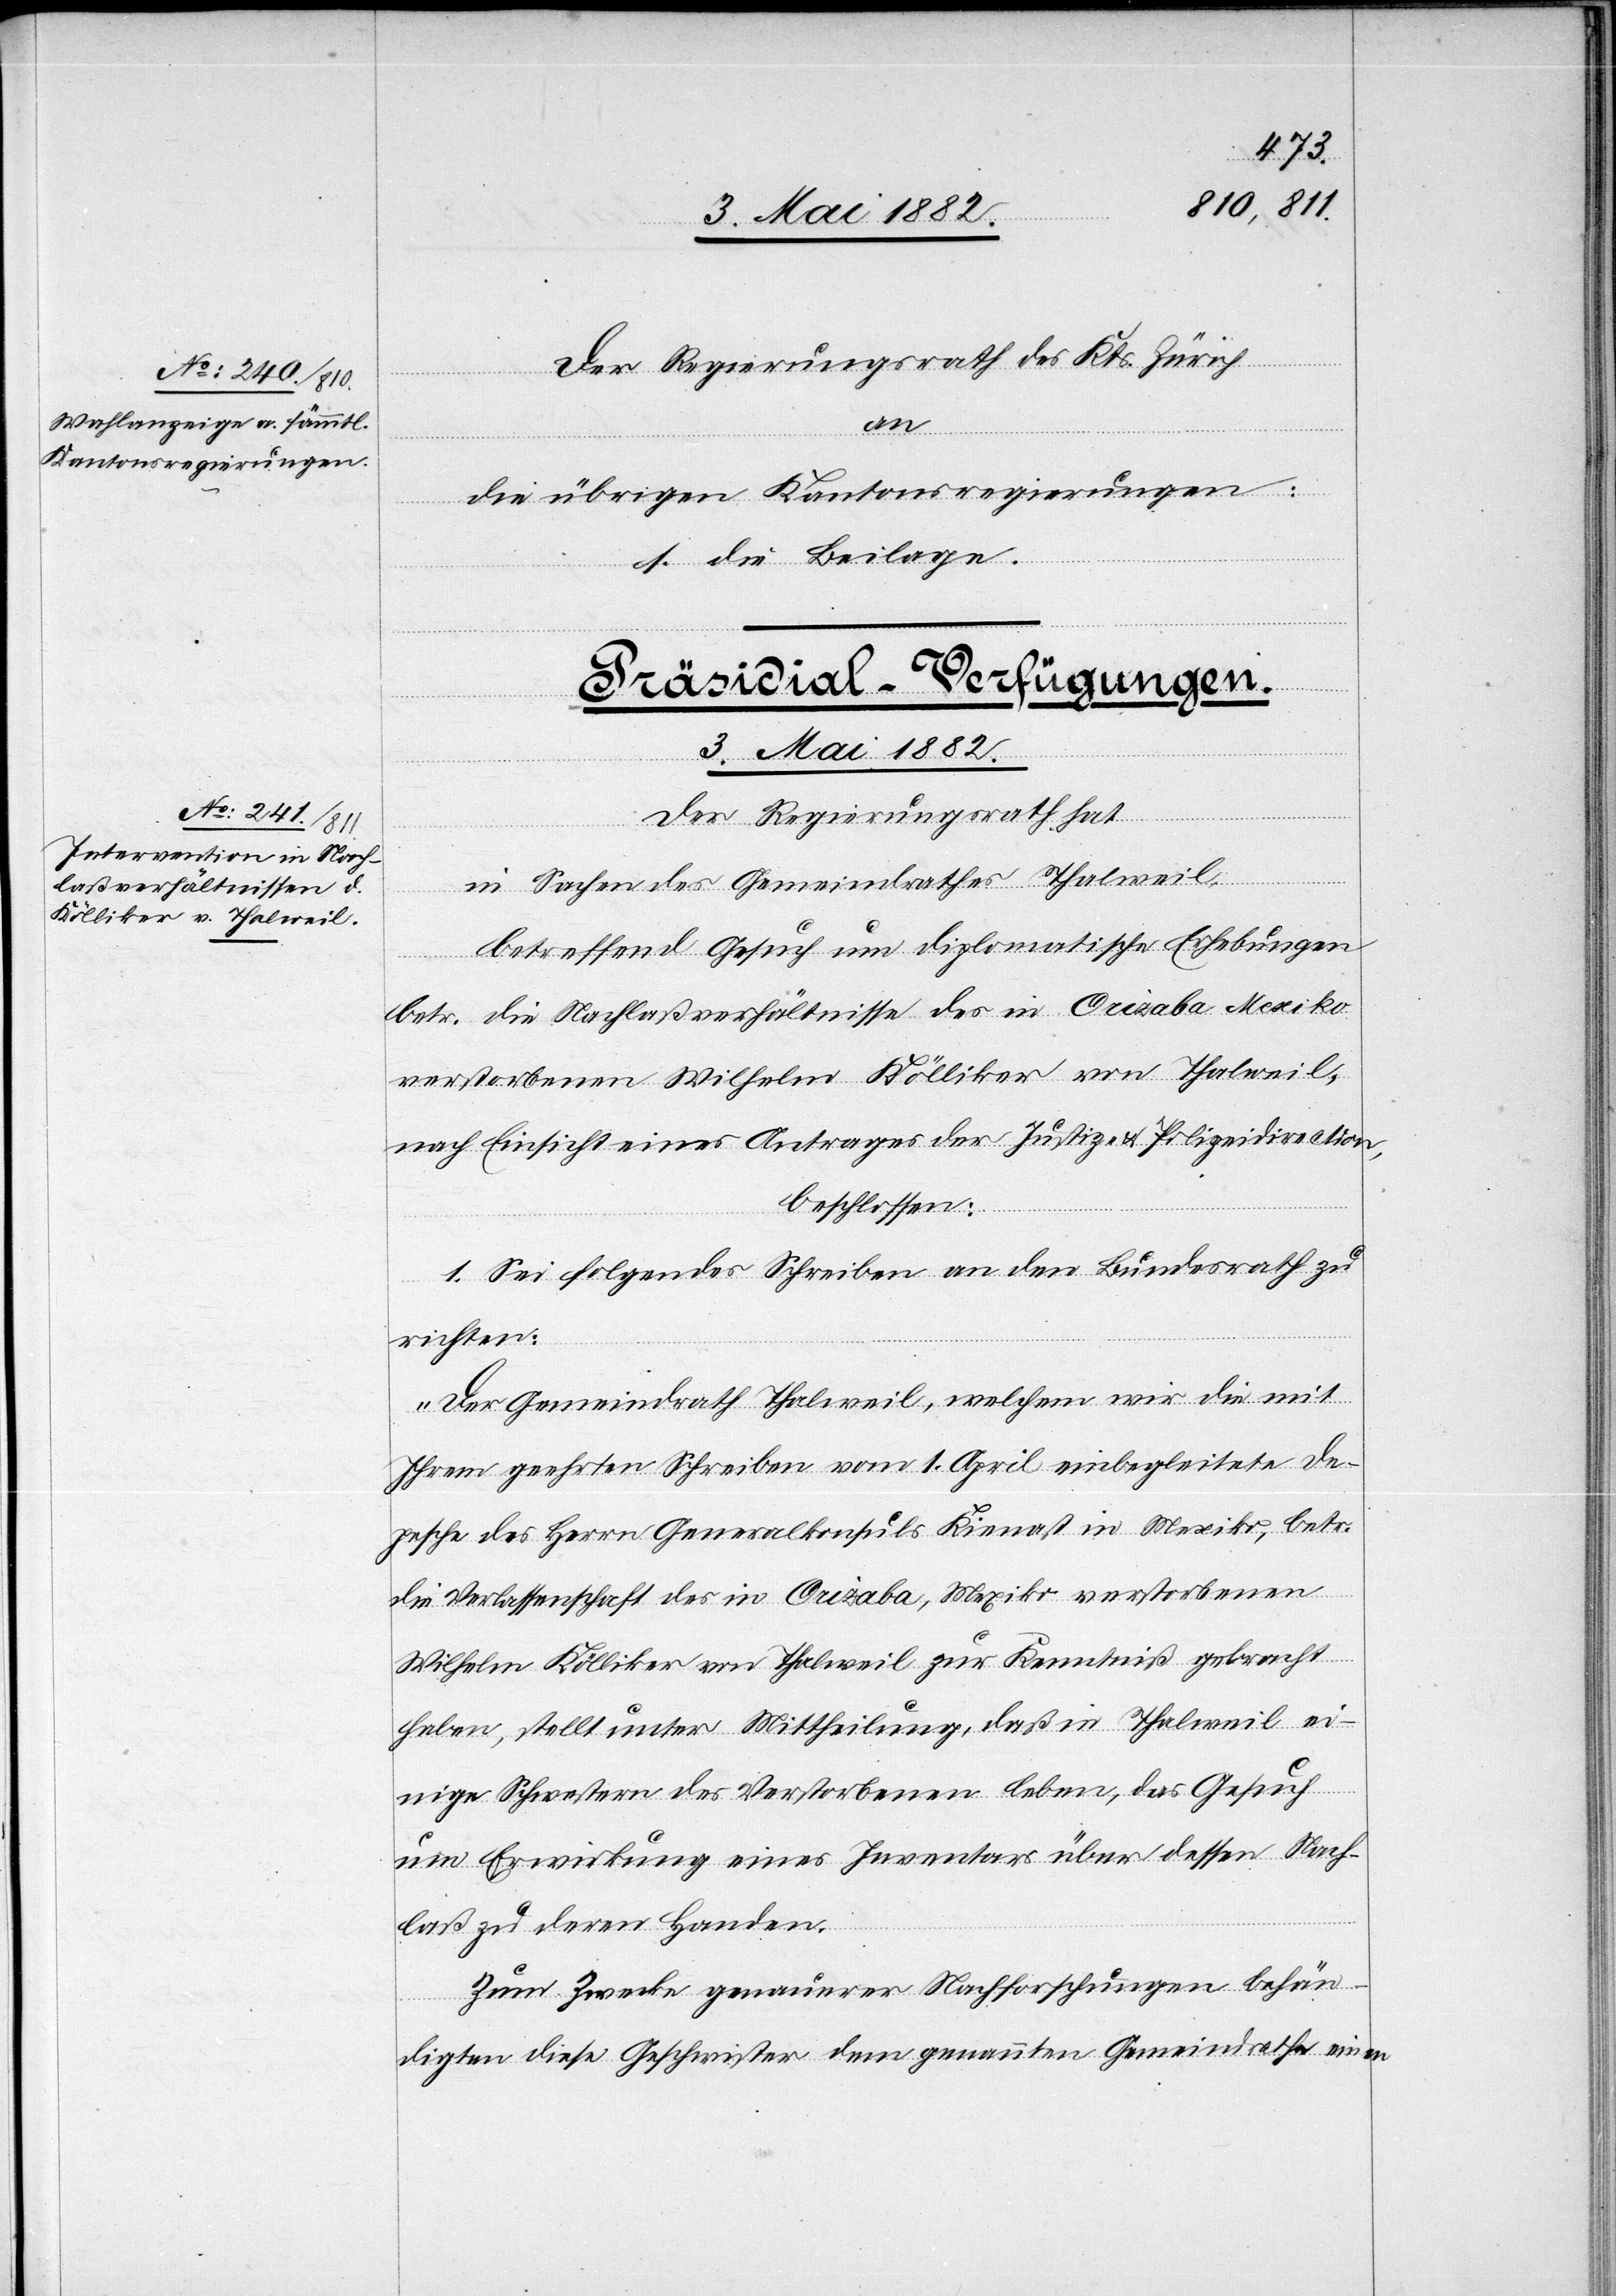
3. Mai 1882.
Der Regierungsrath des Kts. Zürich
an
die übrigen Kantonsregierungen:
s. die Beilage.
Präsidial-Verfügungen.
Der Regierungsrath hat,
in Sachen des Gemeindrathes Thalweil,
betreffend Gesuch um diplomatische Erhebungen
betr. die Nachlaßverhältnisse des in Orizaba, Mexiko
verstorbenen Wilhelm Kölliker von Thalweil,
nach Einsicht eines Antrages der Justiz- & Polizeidirection,
beschlossen:
1. Sei folgendes Schreiben an den Bundesrath zu
richten:
„Der Gemeindrath Thalweil, welchem wir die mit
Ihrem geehrten Schreiben vom 1. April einbegleitete De¬
pesche des Herrn Generalkonsuls Kienast in Mexiko, betr.
die Verlassenschaft des in Orizaba, Mexiko verstorbenen
Wilhelm Kölliker von Thalweil zur Kenntniß gebracht
haben, stellt unter Mittheilung, daß in Thalweil ei¬
nige Schwestern des Verstorbenen leben, das Gesuch
um Erwirkung eines Inventars über dessen Nach¬
laß zu deren Handen.
Zum Zwecke genauerer Nachforschungen behän¬
digten diese Geschwister dem genannten Gemeindrathe einen